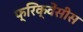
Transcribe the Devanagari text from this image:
फ्रिक्वेंसीस